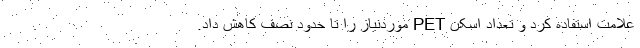
علامت استفاده کرد و تعداد اسکن PET موردنیاز را تا حدود نصف کاهش داد.